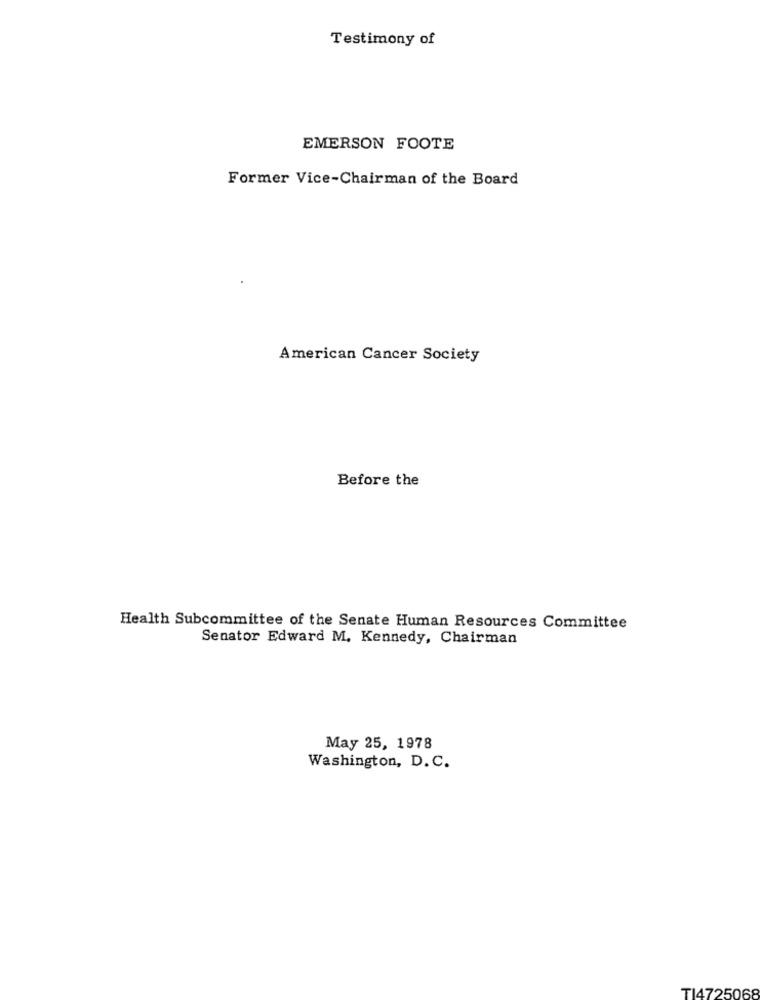
Testimony of
EMERSON FOOTE
Former Vice-Chairman of the Board
American Cancer Society
Before the
Health Subcommittee of the Senate Human Resources Committee
Senator Edward M. Kennedy, Chairman
May 25, 1978
Washington, D. C.
TI4725068